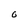
Character: 0